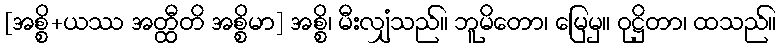
[အစ္စိ+ယဿ အတ္ထီတိ အစ္စိမာ] အစ္စိ၊ မီးလျှံသည်။ ဘူမိတော၊ မြေမှ။ ဝုဋ္ဌိတာ၊ ထသည်။